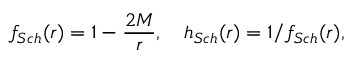
f _ { S c h } ( r ) = 1 - \frac { 2 M } { r } , \ \ \ h _ { S c h } ( r ) = 1 / f _ { S c h } ( r ) ,